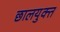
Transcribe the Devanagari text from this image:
छालयुक्त